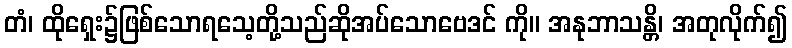
တံ၊ ထိုရှေး၌ဖြစ်သောရသေ့တို့သည်ဆိုအပ်သောဗေဒင် ကို။ အနုဘာသန္တိ၊ အတုလိုက်၍